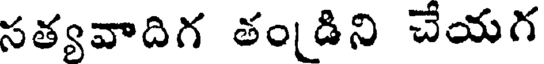
సత్యవాదిగ తండిని చేయగ